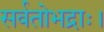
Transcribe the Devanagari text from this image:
सर्वतोभद्राः।